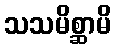
သသမိစ္ဆာမိ